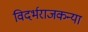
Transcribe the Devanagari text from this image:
विदर्भराजकन्या